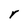
Character: r